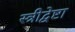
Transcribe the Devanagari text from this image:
स्त्रीद्वेष्टा